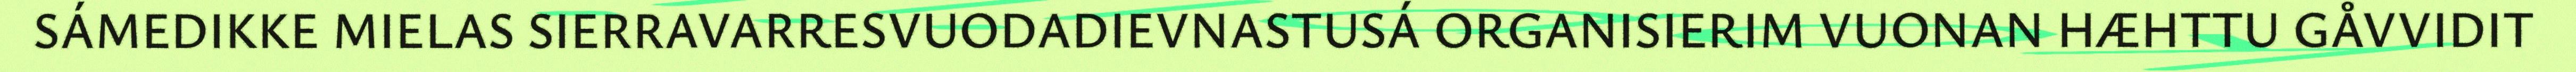
SÁMEDIKKE MIELAS SIERRAVARRESVUODADIEVNASTUSÁ ORGANISIERIM VUONAN HÆHTTU GÅVVIDIT